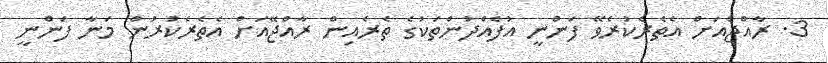
3. ރާއްޖެއަށް އެތެރެކުރެވޭ ފަންނީ އުފެއްދުންތަކުގެ ތެރެއިން ރާއްޖޭއަށް އެތެރެކުރުން މަނާ ފަންނީ